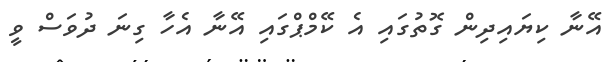
އޭނާ ކިޔައިދިން ގޮތުގައި އެ ކޭމްޕްގައި އޭނާ އެހާ ގިނަ ދުވަސް ވީ